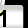
Digit: 1